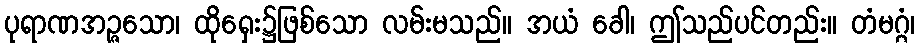
ပုရာဏအဉ္ဇသော၊ ထိုရှေး၌ဖြစ်သော လမ်းမသည်။ အယံ ခေါ၊ ဤသည်ပင်တည်း။ တံမဂ္ဂံ၊